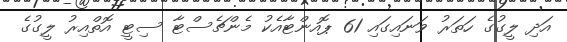
އަދި ލީގުގެ ހަތަރު ވަނައިގައި 61 ޕޮއންޓާއެކު މެންޗެސްޓާ ސިޓީ އޮތްއިރު ލީގުގެ